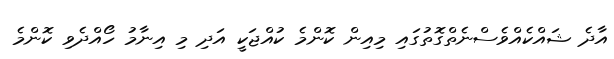
އާދެ ޝައްކެއްވެސްނެތްގޮތުގައި މިއިން ކޮންމެ ކުއްޖަކީ އަދި މި އިނާމު ހޯއްދެވި ކޮންމެ